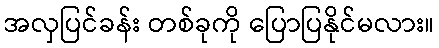
အလှပြင်ခန်း တစ်ခုကို ပြောပြနိုင်မလား။